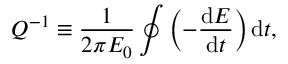
Q ^ { - 1 } \equiv \frac { 1 } { 2 \pi E _ { 0 } } \oint \left( - \frac { \mathrm { d } E } { \mathrm { d } t } \right) \mathrm { d } t ,